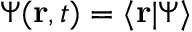
\Psi ( \mathbf { r } , t ) = \langle \mathbf { r } \vert \Psi \rangle